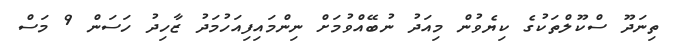
ތިނަދޫ ސްކޫލްތަކުގެ ކިޔެވުން މިއަދު ނުބޭއްވުމަށް ނިންމައިފިއަހުމަދު ޒާހިދު ހަސަން 9 މަސް